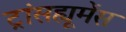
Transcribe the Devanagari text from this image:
ट्रांसह्यूमेंस